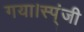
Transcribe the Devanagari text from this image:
गया।स्प्ंजी